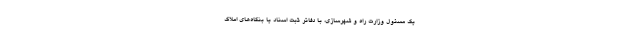
یک مسئول وزارت راه و شهرسازی، با دفاتر ثبت اسناد یا بنگاه‌های املاک